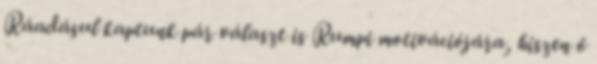
Ráadásul kaptunk pár választ is Rumpi motivációjára, hiszen ő